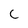
Character: C